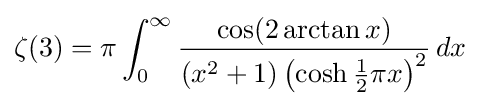
\zeta (3)=\pi \int _{0}^{\infty }{\frac {\cos(2\arctan x)}{(x^{2}+1)\left(\cosh {\frac {1}{2}}\pi x\right)^{2}}}\,dx